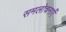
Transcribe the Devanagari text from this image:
समलोचनाएँ